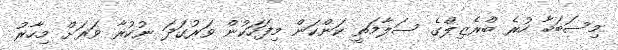
މިސަބަބާ ހުރެ ބްރެޒިލްގެ ސަލާމަތީ ކަންކަން މިފަހަކުން ވަރުގަދަ ނުކުރާ ވަރަށް މިހާރު